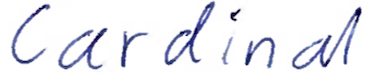
Text: Cardinal
Cross-out: clean
Writing tool: ballpoint